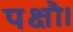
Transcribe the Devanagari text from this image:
पक्षौ।